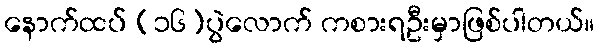
နောက်ထပ် (၁၆)ပွဲလောက် ကစားရဦးမှာဖြစ်ပါတယ်။